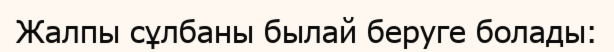
Жалпы сұлбаны былай беруге болады: